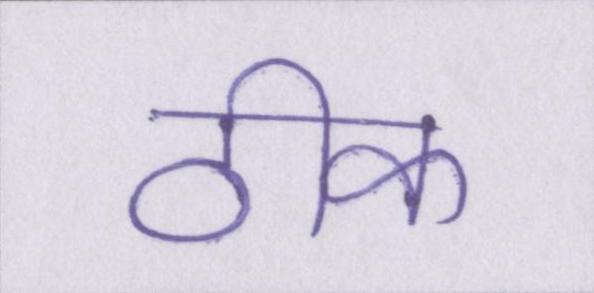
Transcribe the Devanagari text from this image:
ठीक